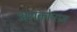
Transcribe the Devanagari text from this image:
अराकोनाम